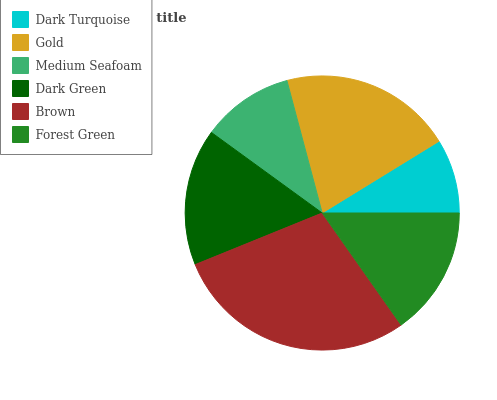
| Dark Turquoise | Gold | Medium Seafoam | Dark Green | Brown | Forest Green |
 | --- | --- | --- | --- | --- | --- |
 | 8.77% | 20.4% | 10.9% | 16.1% | 28.7% | 15.2% |